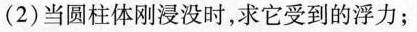
(2)当圆柱体刚浸没时，求它受到的浮力；